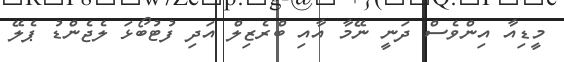
މީޑިއާ އިންވެސް ދަނީ ނޭމާ އާއި ބްރެޒިލް އަދި ފުޓުބޯޅަ ލެޖެންޑު ޕެލޭ